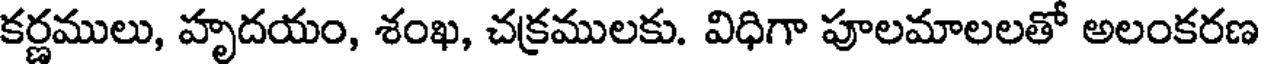
కర్ణములు, హృదయం, శంఖ, చక్రములకు. విధిగా పూలమాలలతో అలంకరణ